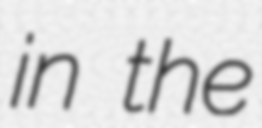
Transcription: in the